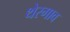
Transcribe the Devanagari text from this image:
थेरगाव